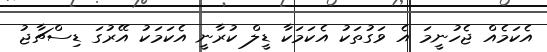
އެކަމެއް ޖެހުނީމަ އެ ވަގުތަކު އެކަމަކާ ޑީލް ކުރާނީ އެކަމަކު އޭރުގަ ޑިސްޗާޖު